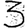
Digit: 3